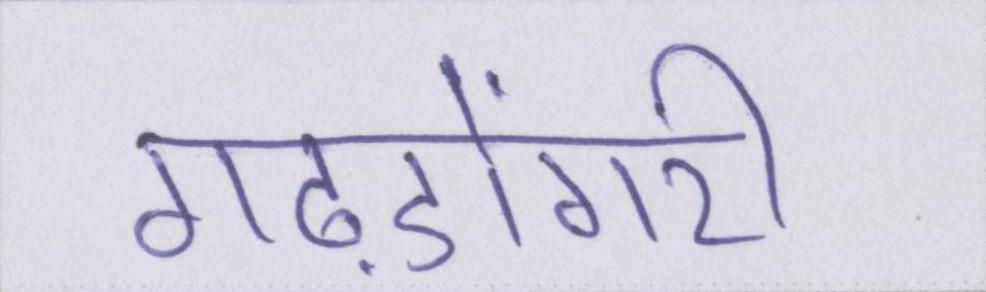
गढ़डोंगरी